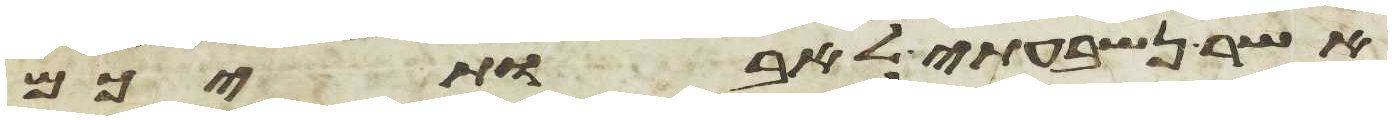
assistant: אשר נשבעתי לאבתיכם